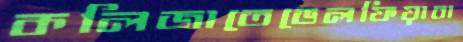
কলিজাতেডেলফিয়াবা